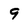
Character: 9